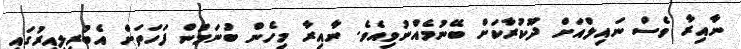
ނާއިރާ ވެސް ނައިލްއަށް ދޫކުރާކަށް ބޭނުމެއްނުވިއެވެ. ނާއިރާ މިހެން ބުނަމުން ފަހަތަށް އެބުރިލިއިރުގައި